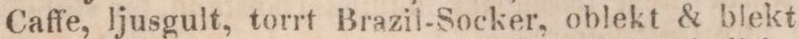
Caffe, ljusgult, torrt Brazil-Socker, oblekt & blekt